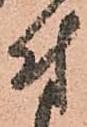
付